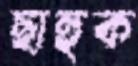
ছাহুক